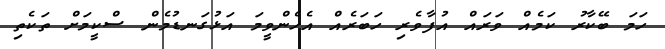
ހަމަ ބޭކާރު ކަމެއް ވަރައް އުފާވެރި ހަބަރެއް އެހެންވީމަ އަޅުގަނޑުމެން ސްކީމަށް ތަކެތި